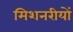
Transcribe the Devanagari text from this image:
मिशनरीयों